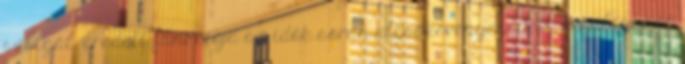
szolgál; eredeti funkciója az idők során elcsökevényesedett, s különböző